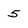
Character: 5